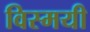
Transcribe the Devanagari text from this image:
विस्मयी